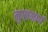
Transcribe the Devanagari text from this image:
मुखमार्ग